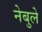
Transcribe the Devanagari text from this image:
नेबुले